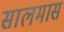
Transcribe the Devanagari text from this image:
सालमास